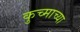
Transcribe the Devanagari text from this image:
कुच्माच्या